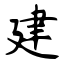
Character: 建